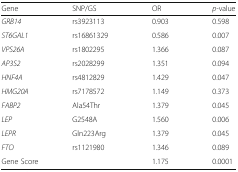
<table><thead><tr><td><b>Gene</b></td><td><b>SNP/GS</b></td><td><b>OR</b></td><td><b><i>p-</i>value</b></td></tr></thead><tbody><tr><td><i>GRB14</i></td><td>rs3923113</td><td>0.903</td><td>0.598</td></tr><tr><td><i>ST6GAL1</i></td><td>rs16861329</td><td>0.586</td><td>0.007</td></tr><tr><td><i>VPS26A</i></td><td>rs1802295</td><td>1.366</td><td>0.087</td></tr><tr><td><i>AP3S2</i></td><td>rs2028299</td><td>1.351</td><td>0.094</td></tr><tr><td><i>HNF4A</i></td><td>rs4812829</td><td>1.429</td><td>0.047</td></tr><tr><td><i>HMG20A</i></td><td>rs7178572</td><td>1.149</td><td>0.373</td></tr><tr><td><i>FABP2</i></td><td>Ala54Thr</td><td>1.379</td><td>0.045</td></tr><tr><td><i>LEP</i></td><td>G2548A</td><td>1.560</td><td>0.006</td></tr><tr><td><i>LEPR</i></td><td>Gln223Arg</td><td>1.379</td><td>0.045</td></tr><tr><td><i>FTO</i></td><td>rs1121980</td><td>1.346</td><td>0.089</td></tr><tr><td colspan="2">Gene Score</td><td>1.175</td><td>0.0001</td></tr></tbody></table>